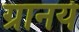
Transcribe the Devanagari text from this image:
ग्रानये